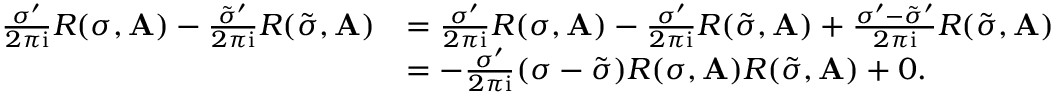
\begin{array} { r l } { \frac { \sigma ^ { \prime } } { 2 \pi \mathrm { i } } R ( \sigma , \mathbf { A } ) - \frac { \tilde { \sigma } ^ { \prime } } { 2 \pi \mathrm { i } } R ( \tilde { \sigma } , \mathbf { A } ) } & { = \frac { \sigma ^ { \prime } } { 2 \pi \mathrm { i } } R ( \sigma , \mathbf { A } ) - \frac { \sigma ^ { \prime } } { 2 \pi \mathrm { i } } R ( \tilde { \sigma } , \mathbf { A } ) + \frac { \sigma ^ { \prime } - \tilde { \sigma } ^ { \prime } } { 2 \pi \mathrm { i } } R ( \tilde { \sigma } , \mathbf { A } ) } \\ & { = - \frac { \sigma ^ { \prime } } { 2 \pi \mathrm { i } } ( \sigma - \tilde { \sigma } ) R ( \sigma , \mathbf { A } ) R ( \tilde { \sigma } , \mathbf { A } ) + 0 . } \end{array}